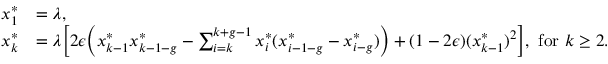
\begin{array} { r l } { x _ { 1 } ^ { * } } & { = \lambda , } \\ { x _ { k } ^ { * } } & { = \lambda \Big [ 2 \epsilon \Big ( x _ { k - 1 } ^ { * } x _ { k - 1 - g } ^ { * } - \sum _ { i = k } ^ { k + g - 1 } x _ { i } ^ { * } ( x _ { i - 1 - g } ^ { * } - x _ { i - g } ^ { * } ) \Big ) + ( 1 - 2 \epsilon ) ( x _ { k - 1 } ^ { * } ) ^ { 2 } \Big ] , \mathrm { ~ f o r ~ } k \geq 2 . } \end{array}